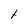
Character: t